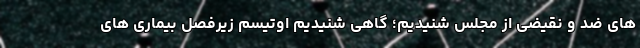
های ضد و نقیضی از مجلس شنیدیم؛ گاهی شنیدیم اوتیسم زیرفصل بیماری های